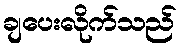
ချပေးလိုက်သည်